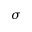
\sigma